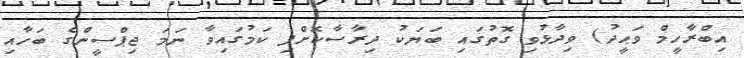
އިބްރާހީމް ވަޙީދު) ވިދާޅުވި ގޮތުގައި ބަޔަކު ދިރާސާކޮށްފި ކަމުގައިވާ ނަމަ ޖިޕްސީންގެ ބަހާއި